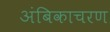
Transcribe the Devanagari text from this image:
अंबिकाचरण